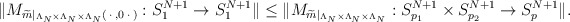
\begin{align*} \Vert M_{ \widetilde{m} \vert_{\Lambda_N \times \Lambda_N \times \Lambda_N}( \: \cdot \:, 0 \: \cdot \: ) }: S_{1}^{N+1} \rightarrow S_{1}^{N+1} \Vert\leq \Vert M_{ \widetilde{m} \vert_{\Lambda_N \times \Lambda_N \times \Lambda_N} }: S_{p_1}^{N+1} \times S_{p_2}^{N+1} \rightarrow S_{p}^{N+1} \Vert.\end{align*}